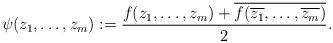
LaTeX: \begin{align*} \psi(z_1,\ldots,z_m):=\frac{f(z_1,\ldots,z_m)+\overline{f(\overline{z_1},\ldots,\overline{z_m})}}{2}. \end{align*}